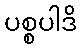
ပစ္စပါဒိ